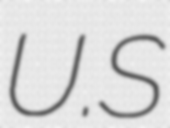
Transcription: U.S